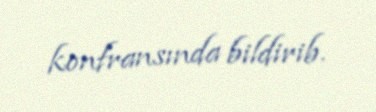
konfransında bildirib.